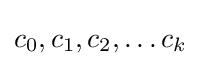
c_{0},c_{1},c_{2},\ldots c_{k}